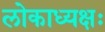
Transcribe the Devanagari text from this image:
लोकाध्यक्षः